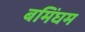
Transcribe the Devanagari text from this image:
बमिंघम